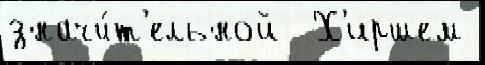
значи́т'ельной  Х'иршем